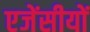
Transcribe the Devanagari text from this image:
एजेंसीयों